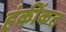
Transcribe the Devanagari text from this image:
हंकींकत